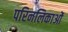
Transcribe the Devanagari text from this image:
परिनलिकाओं